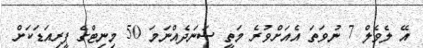
އޭ ލެވެލް 7 ނުވަތަ އެއަށްވުރެ މަތީ ސަނަދެއްނަމަ 50 މިނިޓްގެ ޕީރިއަޑަކަށް